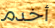
أخدم